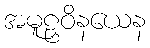
အမူဠှဝိနယေန